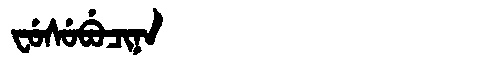
Manchu: ᠸᡠᠰᡠᠪᡠᠴᡳᠨᠠ
Romanization: FUSUBUCINA